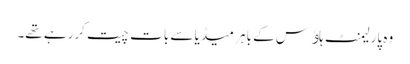
وہ پارلیمنٹ ہاﺅس کے باہر میڈیا سے بات چیت کررہے تھے۔